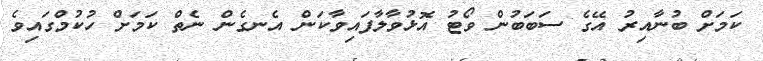
ކަމަށް ބުނާއިރު އޭގެ ސަބަބުން ވޯޓު އޮޅުވާލާފައިވާކަން އެނގެން ނެތް ކަމަށް ހުކުމްގައިވެ